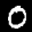
Label: 0